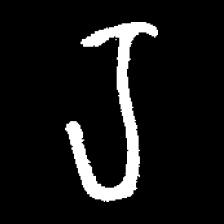
Pyu character \u2014 Myanmar letter: ရ (romanized: ra)